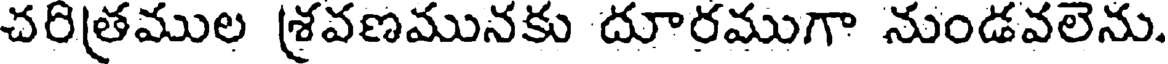
చరిత్రముల శ్రవణమునకు దూరముగా నుండవలెను.